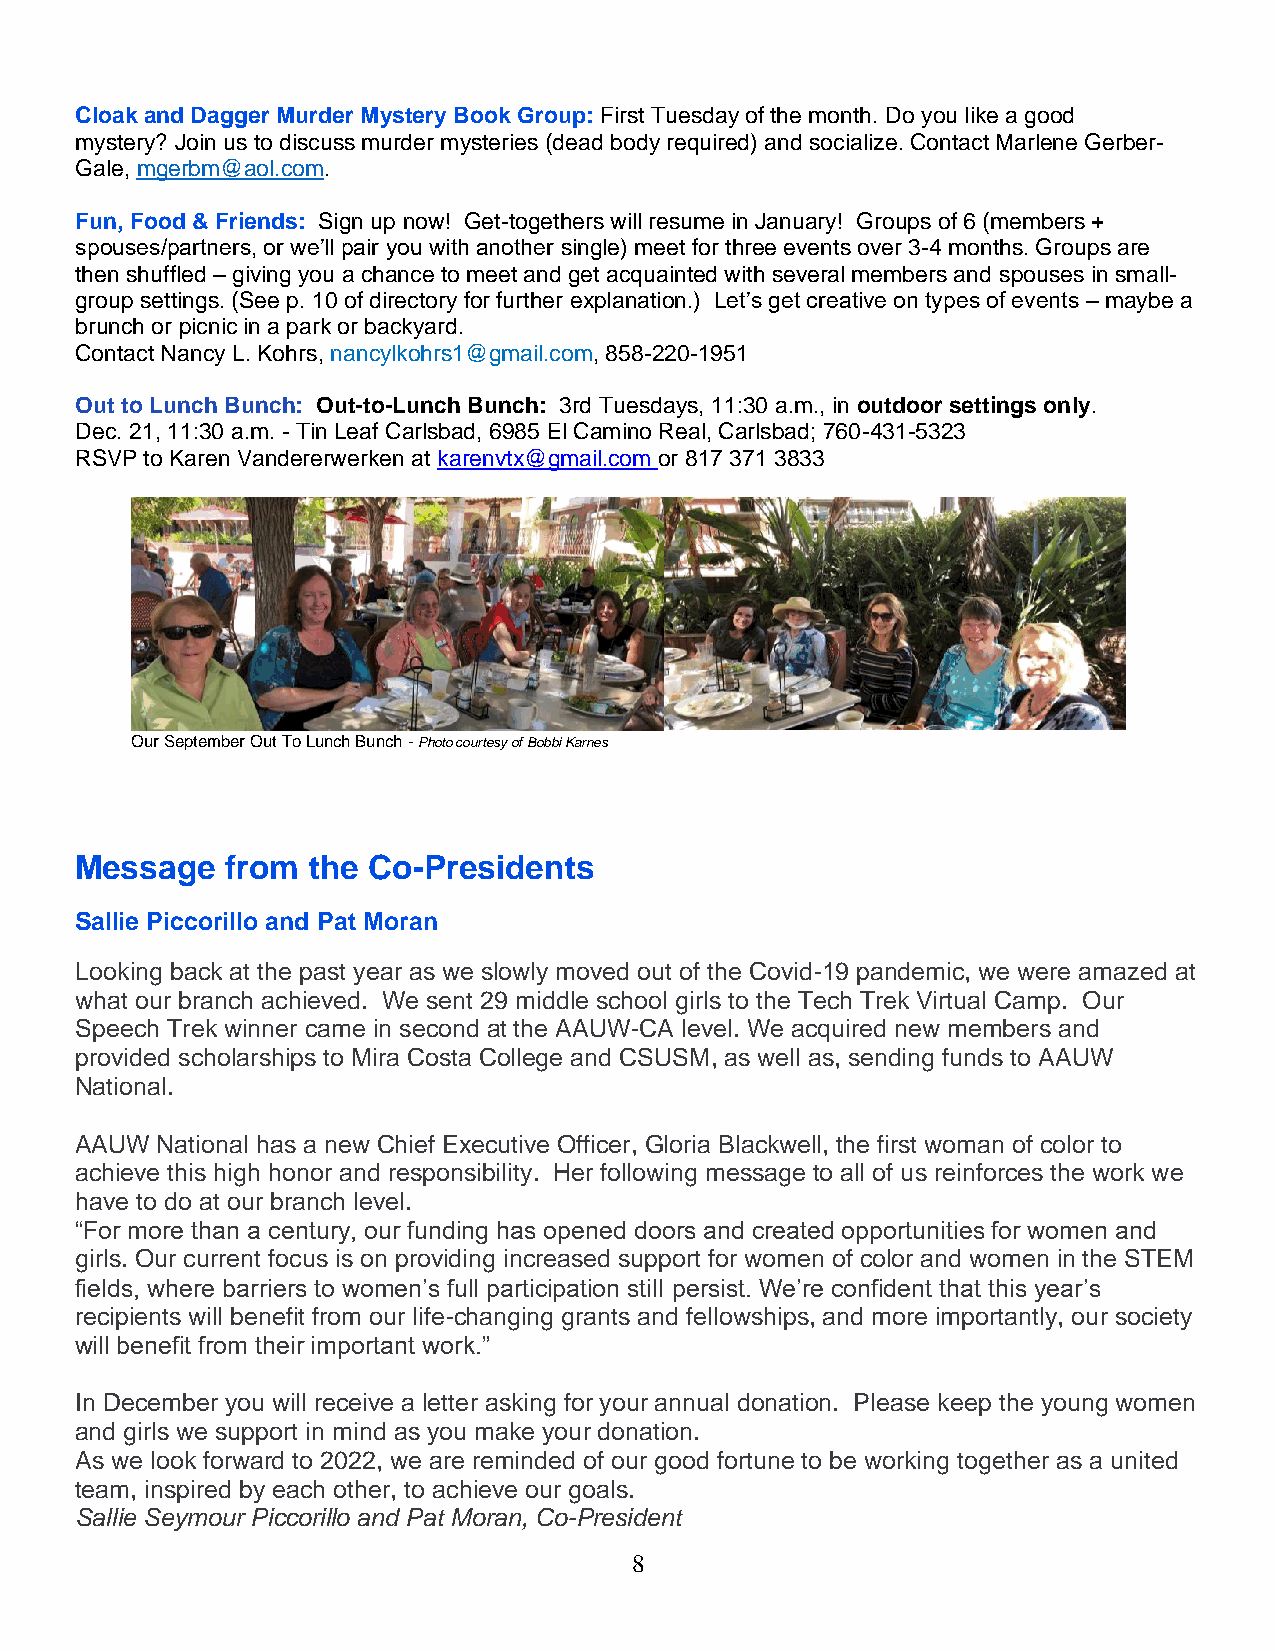
Cloak and Dagger Murder Mystery Book Group: First Tuesday of the month. Do you like a good
 mystery? Join us to discuss murder mysteries (dead body required) and socialize. Contact Marlene Gerber-
 Gale, mgerbm@aol.com.
 Fun, Food & Friends: Sign up now! Get-togethers will resume in January! Groups of 6 (members +
 spouses/partners, or we’ll pair you with another single) meet for three events over 3-4 months. Groups are
 then shuffled – giving you a chance to meet and get acquainted with several members and spouses in small-
 group settings. (See p. 10 of directory for further explanation.) Let’s get creative on types of events – maybe a
 brunch or picnic in a park or backyard.
 Contact Nancy L. Kohrs, nancylkohrs1@gmail.com, 858-220-1951
 Out to Lunch Bunch: Out-to-Lunch Bunch: 3rd Tuesdays, 11:30 a.m., in outdoor settings only.
 Dec. 21, 11:30 a.m. - Tin Leaf Carlsbad, 6985 El Camino Real, Carlsbad; 760-431-5323
 RSVP to Karen Vandererwerken at karenvtx@gmail.com or 817 371 3833
 Our September Out To Lunch Bunch - Photo courtesy of Bobbi Karnes
 Message   from the Co-Presidents
 Sallie Piccorillo and Pat Moran
 Looking back at the past year as we slowly moved out of the Covid-19 pandemic, we were amazed at
 what our branch achieved. We sent 29 middle school girls to the Tech Trek Virtual Camp. Our
 Speech Trek winner came in second at the AAUW-CA level. We acquired new members and
 provided scholarships to Mira Costa College and CSUSM, as well as, sending funds to AAUW
 National.
 AAUW National has a new Chief Executive Officer, Gloria Blackwell, the first woman of color to
 achieve this high honor and responsibility. Her following message to all of us reinforces the work we
 have to do at our branch level.
 “For more than a century, our funding has opened doors and created opportunities for women and
 girls. Our current focus is on providing increased support for women of color and women in the STEM
 fields, where barriers to women’s full participation still persist. We’re confident that this year’s
 recipients will benefit from our life-changing grants and fellowships, and more importantly, our society
 will benefit from their important work.”
 In December you will receive a letter asking for your annual donation. Please keep the young women
 and girls we support in mind as you make your donation.
 As we look forward to 2022, we are reminded of our good fortune to be working together as a united
 team, inspired by each other, to achieve our goals.
 Sallie Seymour Piccorillo and Pat Moran, Co-President
 8